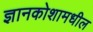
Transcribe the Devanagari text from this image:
ज्ञानकोशामधील